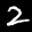
Label: 2